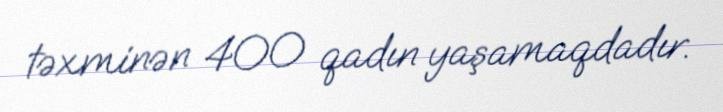
təxminən 400 qadın yaşamaqdadır.